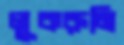
লুকরুমি